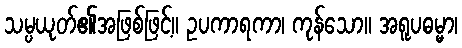
သမ္ပယုတ်၏အဖြစ်ဖြင့်။ ဥပကာရကာ၊ ကုန်သော။ အရူပဓမ္မာ၊